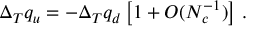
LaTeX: \quad \Delta _ { T } q _ { u } = - \Delta _ { T } q _ { d } \left[ 1 + O ( N _ { c } ^ { - 1 } ) \right] \, .